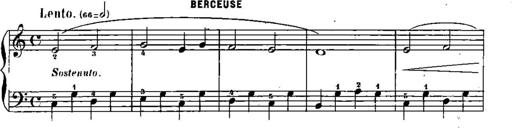
Title: Trois sonatines
Composer: Maurice Emmanuel